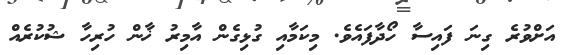
އަށްވުރެ ގިނަ ފައިސާ ހޯދާފައެވެ. މިކަމާއި ގުޅިގެން އާމިރު ޚާން ހުރިހާ ޝުކުރެއް